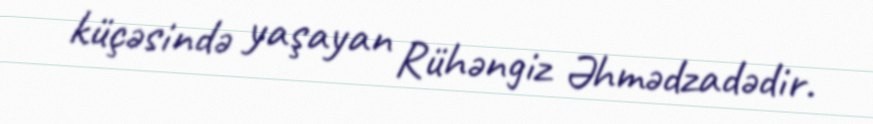
küçəsində yaşayan Rühəngiz Əhmədzadədir.